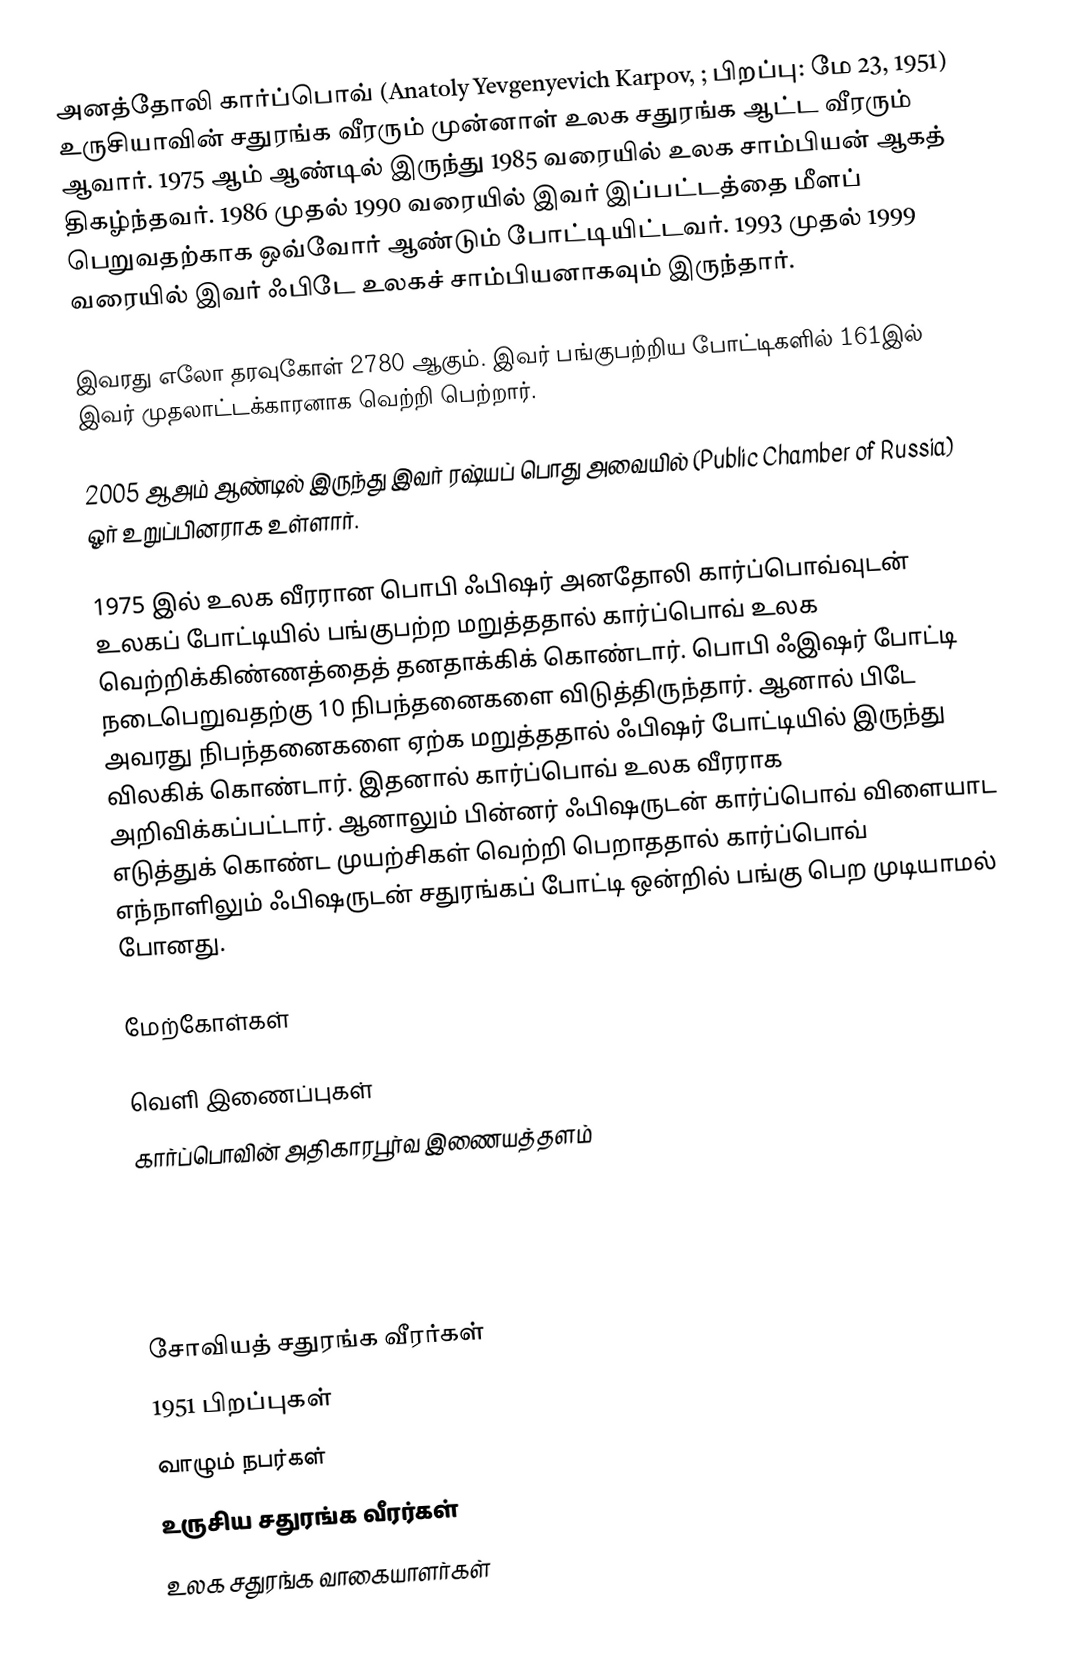
அனத்தோலி கார்ப்பொவ் (Anatoly Yevgenyevich Karpov, ; பிறப்பு: மே 23, 1951) உருசியாவின் சதுரங்க வீரரும் முன்னாள் உலக சதுரங்க ஆட்ட வீரரும் ஆவார். 1975 ஆம் ஆண்டில் இருந்து 1985 வரையில் உலக சாம்பியன் ஆகத் திகழ்ந்தவர். 1986 முதல் 1990 வரையில் இவர் இப்பட்டத்தை மீளப் பெறுவதற்காக ஒவ்வோர் ஆண்டும் போட்டியிட்டவர். 1993 முதல் 1999 வரையில் இவர் ஃபிடே உலகச் சாம்பியனாகவும் இருந்தார்.

இவரது எலோ தரவுகோள் 2780 ஆகும். இவர் பங்குபற்றிய போட்டிகளில் 161இல் இவர் முதலாட்டக்காரனாக வெற்றி பெற்றார்.

2005 ஆஅம் ஆண்டில் இருந்து இவர் ரஷ்யப் பொது அவையில் (Public Chamber of Russia) ஓர் உறுப்பினராக உள்ளார்.

1975 இல் உலக வீரரான பொபி ஃபிஷர் அனதோலி கார்ப்பொவ்வுடன் உலகப் போட்டியில் பங்குபற்ற மறுத்ததால் கார்ப்பொவ் உலக வெற்றிக்கிண்ணத்தைத் தனதாக்கிக் கொண்டார். பொபி ஃஇஷர் போட்டி நடைபெறுவதற்கு 10 நிபந்தனைகளை விடுத்திருந்தார். ஆனால் பிடே அவரது நிபந்தனைகளை ஏற்க மறுத்ததால் ஃபிஷர் போட்டியில் இருந்து விலகிக் கொண்டார். இதனால் கார்ப்பொவ் உலக வீரராக அறிவிக்கப்பட்டார். ஆனாலும் பின்னர் ஃபிஷருடன் கார்ப்பொவ் விளையாட எடுத்துக் கொண்ட முயற்சிகள் வெற்றி பெறாததால் கார்ப்பொவ் எந்நாளிலும் ஃபிஷருடன் சதுரங்கப் போட்டி ஒன்றில் பங்கு பெற முடியாமல் போனது.

மேற்கோள்கள்

வெளி இணைப்புகள்
 கார்ப்பொவின் அதிகாரபூர்வ இணையத்தளம்

சோவியத் சதுரங்க வீரர்கள்
1951 பிறப்புகள்
வாழும் நபர்கள்
உருசிய சதுரங்க வீரர்கள்
உலக சதுரங்க வாகையாளர்கள்